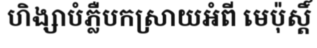
ហិង្សាបំភ្លឺបកស្រាយអំពី មេប៉ុស្តិ៍